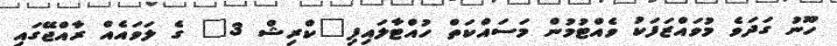
ހޫނު ގަދަވެ މުވައްޒަފަކު ވެއްޓުމުން މަސައްކަތް ހުއްޓާލައިފި"ކްރިޝް 3" ގެ ލަވައެއް ރާއްޖޭގައި